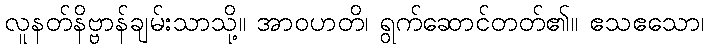
လူနတ်နိဗ္ဗာန်ချမ်းသာသို့။ အာဝဟတိ၊ ရွက်ဆောင်တတ်၏။ ဧသဧသော၊